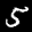
Label: 5